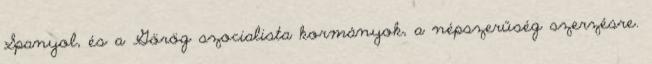
Spanyol, és a Görög szocialista kormányok, a népszerűség szerzésre.